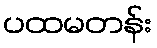
ပထမတန်း